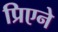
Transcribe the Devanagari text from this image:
प्रिएने